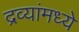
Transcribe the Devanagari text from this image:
द्रव्यांमध्ये